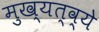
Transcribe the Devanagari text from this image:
मुख्यत्व्ये